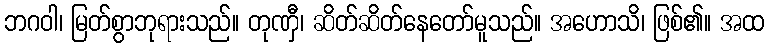
ဘဂဝါ၊ မြတ်စွာဘုရားသည်။ တုဏှီ၊ ဆိတ်ဆိတ်နေတော်မူသည်။ အဟောသိ၊ ဖြစ်၏။ အထ